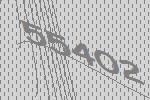
55402